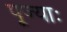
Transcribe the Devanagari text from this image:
पूज्याः